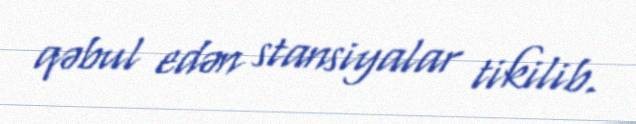
qəbul edən stansiyalar tikilib.